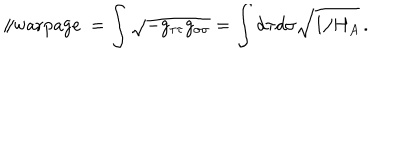
\parallel \mathrm { w a r p a g e \ } = \int \sqrt { - g _ { \tau \tau } g _ { \sigma \sigma } } = \int d \tau d \sigma \sqrt { 1 / H _ { A } } \, .